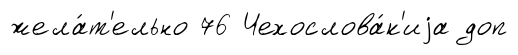
жела́т'ельно 76 Чехослова́к'иjа доп